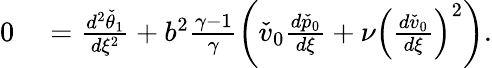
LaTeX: \begin{array}{rl}{0}&{{}=\frac{d^{2}\check{\theta}_{1}}{d\xi^{2}}+b^{2}\frac{\gamma-1}{\gamma}\left(\check{v}_{0}\frac{d\check{p}_{0}}{d\xi}+\nu\left(\frac{d\check{v}_{0}}{d\xi}\right)^{2}\right).}\end{array}